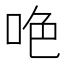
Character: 𠲅